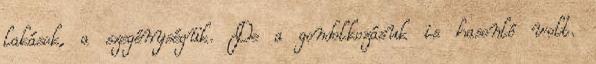
lakások, a szegénységük. De a gondolkozásuk is hasonló volt.